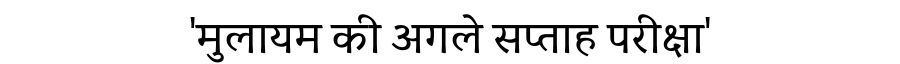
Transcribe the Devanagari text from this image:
'मुलायम की अगले सप्ताह परीक्षा'